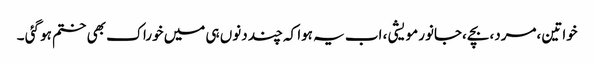
خواتین ،مرد،بچے ،جانور مویشی ، اب یہ ہوا کہ چند دنوں ہی میں خوراک بھی ختم ہو گئی ۔